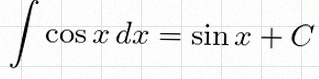
\int \cos x\,dx=\sin x+C